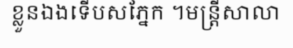
ខ្លួនឯងទើបសភ្នែក ។មន្ត្រីសាលា